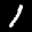
Label: 1